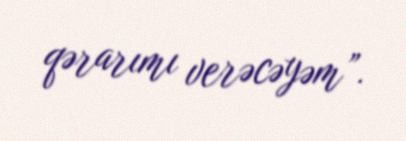
qərarımı verəcəyəm”.